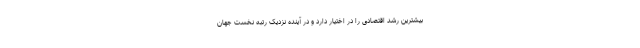
بیشترین رشد اقتصادی را در اختیار دارد و در آینده نزدیک رتبه نخست جهان